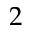
2